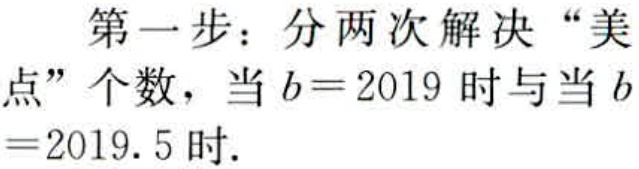
第一步：分两次解决 “美点” 个数，当 \(b = 2019\) 时与当 \(b = 2019.5\) 时.